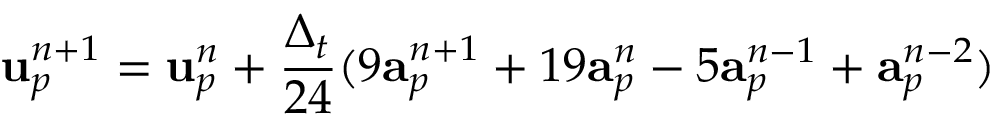
\mathbf { u } _ { p } ^ { n + 1 } = \mathbf { u } _ { p } ^ { n } + \frac { \Delta _ { t } } { 2 4 } ( 9 \mathbf { a } _ { p } ^ { n + 1 } + 1 9 \mathbf { a } _ { p } ^ { n } - 5 \mathbf { a } _ { p } ^ { n - 1 } + \mathbf { a } _ { p } ^ { n - 2 } )